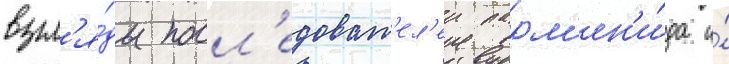
взгл'я́ды посл'едоват'ел'еи парм'ен'и́да и́